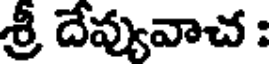
శ్రీ దేవ్యువాచ :